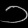
Digit: ၁